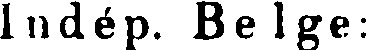
Indép. Belge: